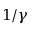
1 / \gamma